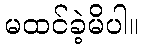
မထင်ခဲ့မိပါ။